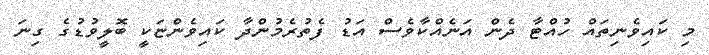
މި ކައިވެނިތައް ހުއްޓާ ދެން އަނެއްކާވެސް އަޑު ފެތުރެމުންދާ ކައިވެންޏަކީ ބޮލީވުޑުގެ ގިނަ